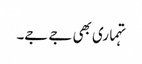
تہماری بھی جے جے۔